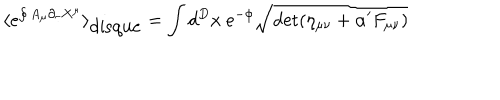
\langle e ^ { \oint A _ { \mu } \partial _ { \tau } X ^ { \mu } } \rangle _ { \mathrm { d i s q u e } } = \int d ^ { D } x ~ e ^ { - \phi } \sqrt { \det ( \eta _ { \mu \nu } + \alpha ^ { \prime } F _ { \mu \nu } ) }